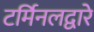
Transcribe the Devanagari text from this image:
टर्मिनलद्वारे